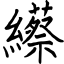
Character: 䌨